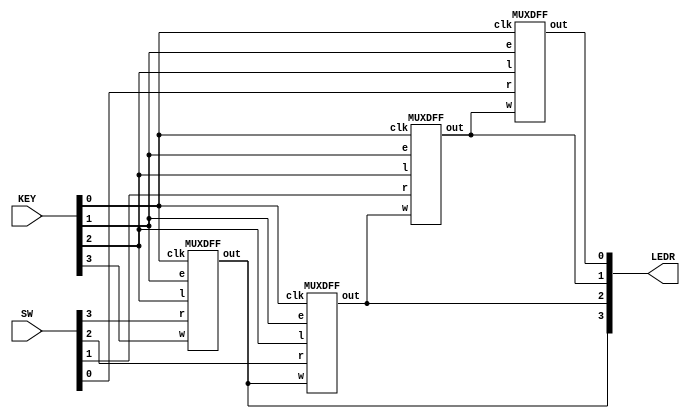
module top_module (
    input [3:0] SW,
    input [3:0] KEY,
    output [3:0] LEDR
); //
    
    MUXDFF a1(KEY[0],KEY[1],SW[3],KEY[2], KEY[3],LEDR[3],);
    MUXDFF a2(KEY[0],KEY[1],SW[2],KEY[2],LEDR[3],LEDR[2],);
    MUXDFF a3(KEY[0],KEY[1],SW[1],KEY[2],LEDR[2],LEDR[1],);
    MUXDFF a4(KEY[0],KEY[1],SW[0],KEY[2],LEDR[1],LEDR[0],);

endmodule

module MUXDFF (
    input clk,
    input e,
    input r,
    input l,
    input w,
    output reg out,
    output reg outz
	);
    wire x,y;
    assign x = e ? w : out;
    assign y = l ? r : x;
    
    always @(posedge clk) begin
    	out <= y;
    end
    

endmodule